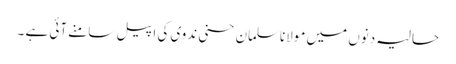
حالیہ دنوں میں مولاناسلمان حسنی ندوی کی اپیل سامنے آئی ہے ۔